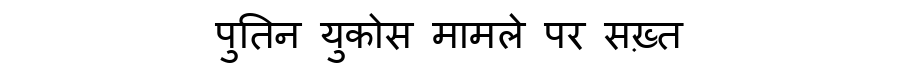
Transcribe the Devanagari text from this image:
पुतिन युकोस मामले पर सख़्त